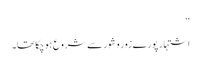
‘‘
اشتہار پورے زور و شور سے شروع ہوچکا تھا۔